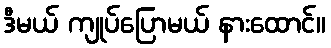
ဒီမယ် ကျုပ်ပြောမယ် နားထောင်။